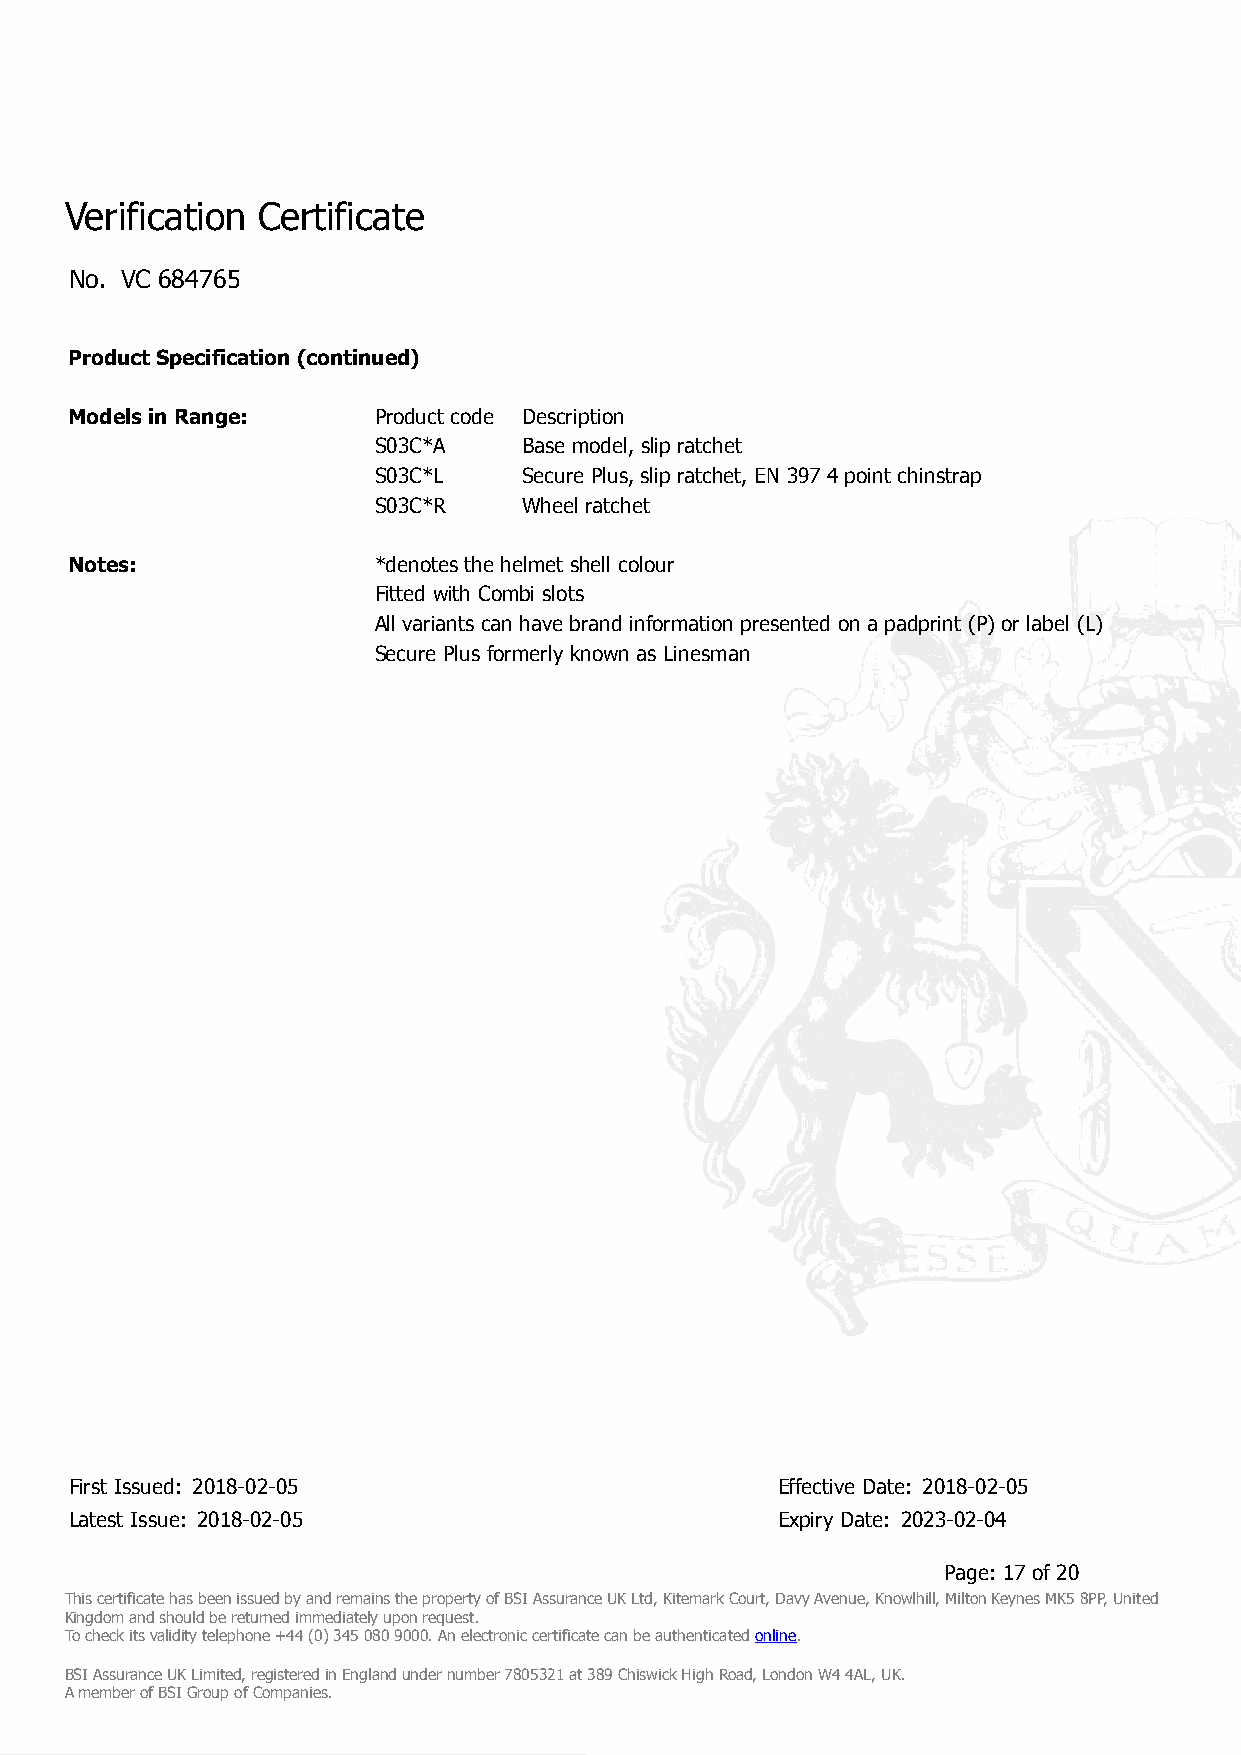
Verification Certificate
 No. VC 684765
 Product Specification (continued)
 Models in Range:     Product code Description
 S03C*A    Base model, slip ratchet
 S03C*L    Secure Plus, slip ratchet, EN 397 4 point chinstrap
 S03C*R    Wheel ratchet
 Notes:               *denotes the helmet shell colour
 Fitted with Combi slots
 All variants can have brand information presented on a padprint (P) or label (L)
 Secure Plus formerly known as Linesman
 First Issued: 2018-02-05                      Effective Date: 2018-02-05
 Latest Issue: 2018-02-05                      Expiry Date: 2023-02-04
 Page: 17 of 20
 This certificate has been issued by and remains the property of BSI Assurance UK Ltd, Kitemark Court, Davy Avenue, Knowlhill, Milton Keynes MK5 8PP, United
 Kingdom and should be returned immediately upon request.
 To check its validity telephone +44 (0) 345 080 9000. An electronic certificate can be authenticated online.
 BSI Assurance UK Limited, registered in England under number 7805321 at 389 Chiswick High Road, London W4 4AL, UK.
 A member of BSI Group of Companies.